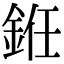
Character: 銋